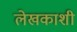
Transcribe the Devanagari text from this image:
लेखकाशी